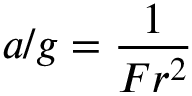
a / g = \frac { 1 } { F r ^ { 2 } }